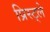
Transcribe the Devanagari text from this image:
प्रिस्ट्ले